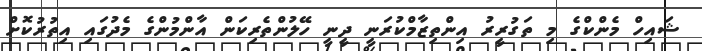
ޝައިހް މެންކްގެ މި ތަގުރީރު އިންތިޒާމްކުރަނީ ދީނީ ހޭލުންތެރިކަން އާންމުންގެ މެދުގައި އިތުރުކޮށް